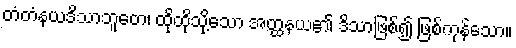
တံတံနယဒိသာဘူတေ၊ ထိုထိုသို့သော အတ္ထနယ၏ ဒိသာဖြစ်၍ ဖြစ်ကုန်သော။